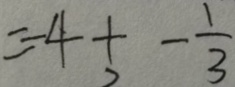
= - 4 + - \frac { 1 } { 3 }